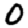
Digit: 0